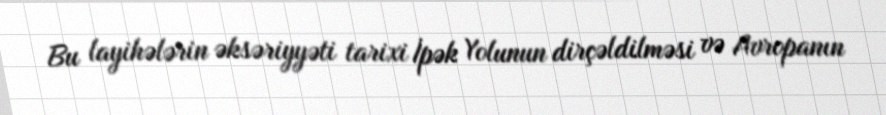
Bu layihələrin əksəriyyəti tarixi İpək Yolunun dirçəldilməsi və Avropanın